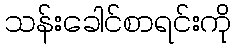
သန်းခေါင်စာရင်းကို